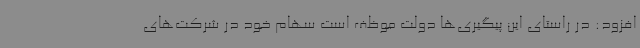
افزود: در راستای این پیگیری‌ها دولت موظف است سهام خود در شرکت‌های